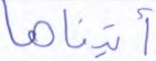
آتيناها